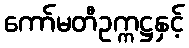
ကော်မတီဥက္ကဋ္ဌနှင့်